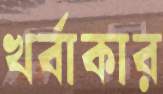
খর্বাকার